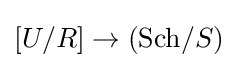
[U/R]\to (\mathrm {Sch} /S)